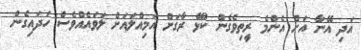
އަދި އޭނާ އަށް އެންމެ ރީތިވެގެން ކުޅޭ ރާގަށް އަމިއްލައަށް ލަވައެއްވެސް ހަދައިގެން